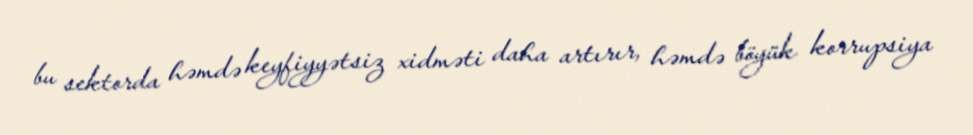
bu sektorda həmdə keyfiyyətsiz xidməti daha artırır, həmdə böyük korrupsiya